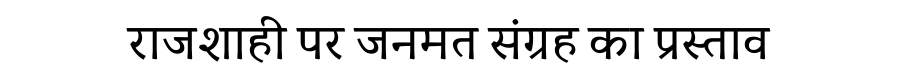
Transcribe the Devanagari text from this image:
राजशाही पर जनमत संग्रह का प्रस्ताव